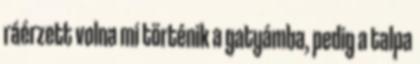
ráérzett volna mi történik a gatyámba, pedig a talpa